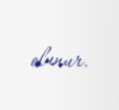
olunur.